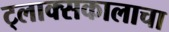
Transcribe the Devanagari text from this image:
ट्लाक्सकालाचा